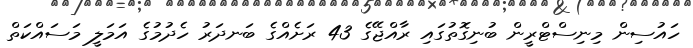
ހައުސިން މިނިސްޓްރީން ބުނިގޮތުގައި ރާއްޖޭގެ 43 ރަށެއްގެ ބަނދަރު ހެދުމުގެ އަމަލީ މަސައްކަތް